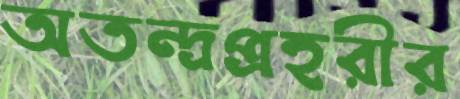
অতন্দ্রপ্রহরীর